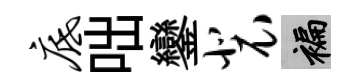
底咄鑾裴褊